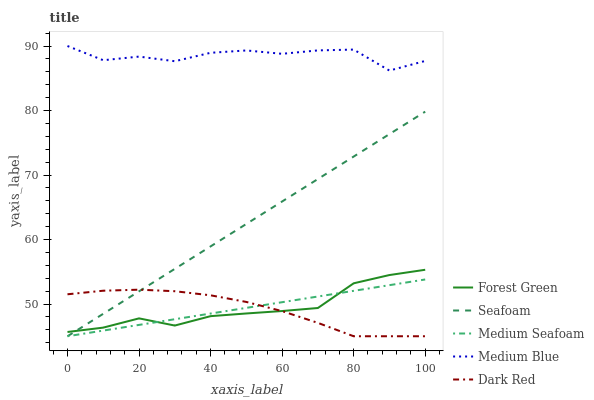
| xaxis_label | Forest Green | Seafoam | Medium Seafoam | Medium Blue | Dark Red |
 | --- | --- | --- | --- | --- | --- |
 | 0 | 45.7 | 45 | 45 | 90 | 51.5 |
 | 10 | 46.3 | 48.5 | 45.9 | 87.8 | 52.1 |
 | 20 | 47.8 | 52 | 46.8 | 88.4 | 52.2 |
 | 30 | 46.7 | 55.4 | 47.6 | 87.6 | 52 |
 | 40 | 48.1 | 58.9 | 48.5 | 88.9 | 51.3 |
 | 50 | 48.5 | 62.4 | 49.4 | 89.3 | 50.3 |
 | 60 | 48.9 | 65.9 | 50.3 | 88.8 | 48.9 |
 | 70 | 49.4 | 69.4 | 51.2 | 89.3 | 47.1 |
 | 80 | 53.2 | 72.9 | 52 | 89.4 | 45 |
 | 90 | 54.5 | 76.3 | 52.9 | 86.2 | 45 |
 | 100 | 55.3 | 79.8 | 53.8 | 87.7 | 45 |